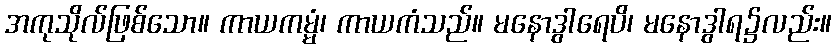
အကုသိုလ်ဖြစ်သော။ ကာယကမ္မံ၊ ကာယကံသည်။ မနောဒွါရေပိ၊ မနောဒွါရ၌လည်း။